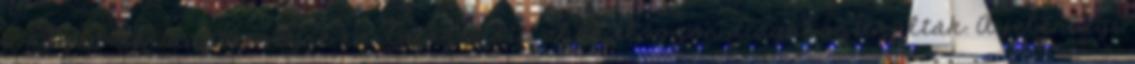
a közép-afrikai térségre korlátozódott, ahol először diagnosztizálták. A jelenlegi